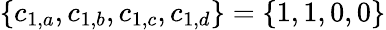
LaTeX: \{ c_{1,a},c_{1,b},c_{1,c},c_{1,d}\} =\{ 1,1,0,0\}